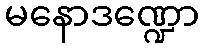
မနောဒဏ္ဍော